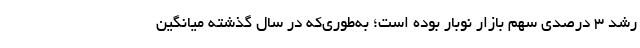
رشد ۳ درصدی سهم بازار نوبار بوده است؛ به‌طوری‌که در سال گذشته میانگین